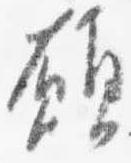
願